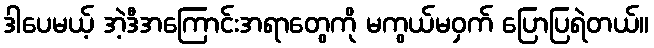
ဒါပေမယ့် အဲ့ဒီအကြောင်းအရာတွေကို မကွယ်မဝှက် ပြောပြရဲတယ်။